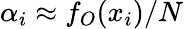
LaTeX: \alpha_{i}\approx f_{O}(x_{i})/N